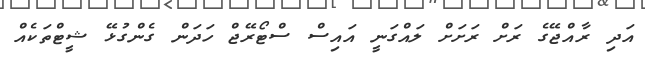
އަދި ރާއްޖޭގެ ރަށް ރަށަށް ލައްގަނީ އައިސް ސްޓޯރޭޖް ހަދަން ގެންގުޅޭ ޝީޓްތަކެއް